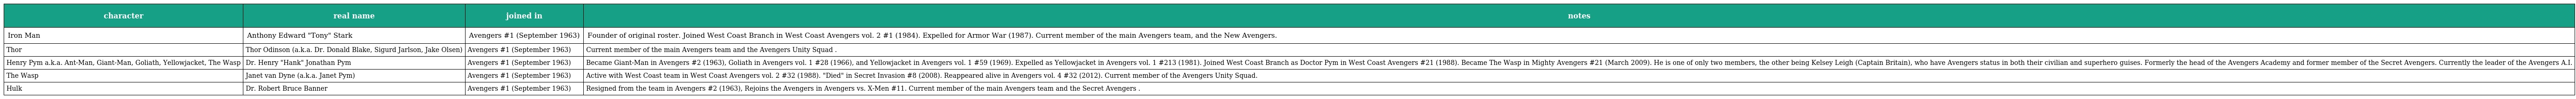
| character | real name | joined in | notes |
 | --- | --- | --- | --- |
 | Iron Man | Anthony Edward "Tony" Stark | Avengers #1 (September 1963) | Founder of original roster. Joined West Coast Branch in West Coast Avengers vol. 2 #1 (1984). Expelled for Armor War (1987). Current member of the main Avengers team, and the New Avengers. |
 | Thor | Thor Odinson (a.k.a. Dr. Donald Blake, Sigurd Jarlson, Jake Olsen) | Avengers #1 (September 1963) | Current member of the main Avengers team and the Avengers Unity Squad . |
 | Henry Pym a.k.a. Ant-Man, Giant-Man, Goliath, Yellowjacket, The Wasp | Dr. Henry "Hank" Jonathan Pym | Avengers #1 (September 1963) | Became Giant-Man in Avengers #2 (1963), Goliath in Avengers vol. 1 #28 (1966), and Yellowjacket in Avengers vol. 1 #59 (1969). Expelled as Yellowjacket in Avengers vol. 1 #213 (1981). Joined West Coast Branch as Doctor Pym in West Coast Avengers #21 (1988). Became The Wasp in Mighty Avengers #21 (March 2009). He is one of only two members, the other being Kelsey Leigh (Captain Britain), who have Avengers status in both their civilian and superhero guises. Formerly the head of the Avengers Academy and former member of the Secret Avengers. Currently the leader of the Avengers A.I. |
 | The Wasp | Janet van Dyne (a.k.a. Janet Pym) | Avengers #1 (September 1963) | Active with West Coast team in West Coast Avengers vol. 2 #32 (1988). "Died" in Secret Invasion #8 (2008). Reappeared alive in Avengers vol. 4 #32 (2012). Current member of the Avengers Unity Squad. |
 | Hulk | Dr. Robert Bruce Banner | Avengers #1 (September 1963) | Resigned from the team in Avengers #2 (1963), Rejoins the Avengers in Avengers vs. X-Men #11. Current member of the main Avengers team and the Secret Avengers . |